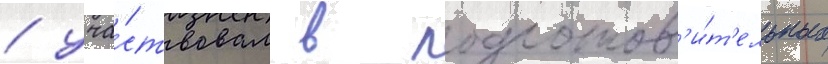
/ уча́ствовал в подготов'и́т'ельных